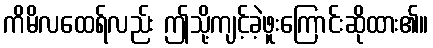
ကိမိလထေရ်လည်း ဤသို့ကျင့်ခဲ့ဖူးကြောင်းဆိုထား၏။